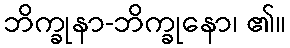
ဘိက္ခုနာ-ဘိက္ခုနော၊ ၏။